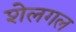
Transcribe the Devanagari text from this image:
शेलगल